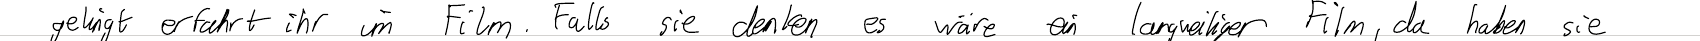
gelingt erfahrt ihr im Film. Falls sie denken es wäre ein langweiliger Film, da haben sie